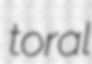
toral